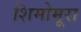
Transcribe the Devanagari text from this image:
शिमोमूरा